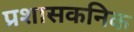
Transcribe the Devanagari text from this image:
प्रशासकनिक